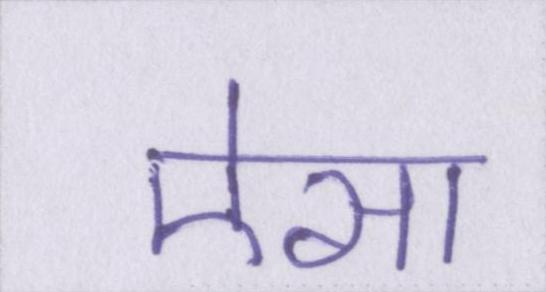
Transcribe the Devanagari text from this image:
ऐसा